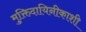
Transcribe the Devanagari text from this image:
मुक्तिदायिनीकाशी